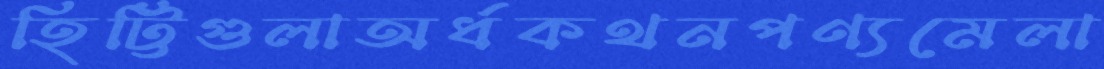
হিট্টিগুলাঅর্ধকথনপণ্যমেলা